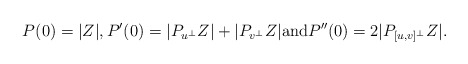
\begin{align*}P(0)=|Z|,P'(0)=|P_{u^\perp} Z|+ |P_{v^\perp} Z|\hbox{and}P''(0)=2|P_{[u,v]^\bot}Z|.\end{align*}